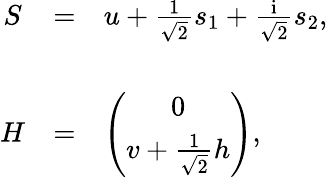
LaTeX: \begin{array}{ccl}{{S}}&{{=}}&{{u+\frac{1}{\sqrt{2}}s_{1}+\frac{\mathrm{i}}{\sqrt{2}}s_{2},}}\\ {{}}&{{}}&{{}}\\ {{H}}&{{=}}&{{\left(\begin{array}{c}{{0}}\\ {{v+\frac{1}{\sqrt{2}}h}}\end{array}\right),}}\end{array}